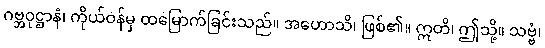
ဂဗ္ဘဝုဋ္ဌာနံ၊ ကိုယ်ဝန်မှ ထမြောက်ခြင်းသည်။ အဟောသိ၊ ဖြစ်၏။ ဣတိ၊ ဤသို့။ သဗ္ဗံ၊